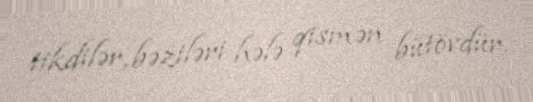
tikdilər, bəziləri hələ qismən bütövdür.